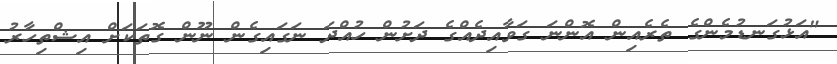
"އަޅުގަނޑުމެންގެ ތެރެއިން އޮންނަ ގަވާއިދެއްގެ ދަށުން ހުއްދަ ނަގައިގެން ނޫން ގޮތަކަށް އިޝްތިހާރު